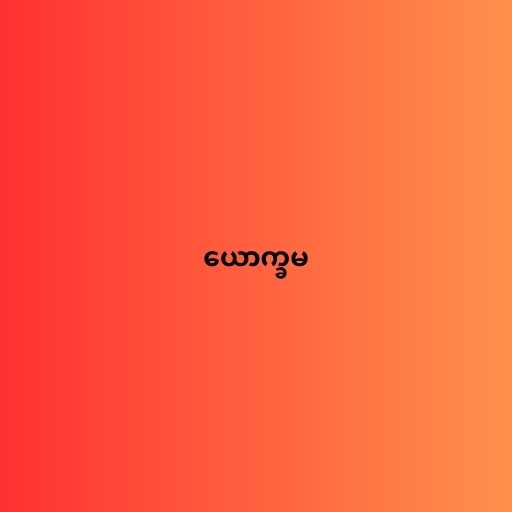
ယောက္ခမ